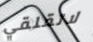
لاتقلقي